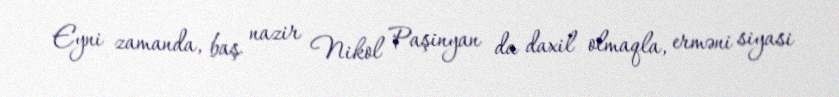
Eyni zamanda, baş nazir Nikol Paşinyan da daxil olmaqla, erməni siyasi